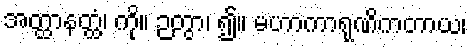
အတ္ထာနတ္ထံ၊ ကို။ ဉတွာ၊ ၍။ မဟာကာရုဏိကတာယ၊